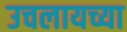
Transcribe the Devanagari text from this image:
उचलायच्या